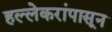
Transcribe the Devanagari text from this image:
हल्लेकरांपासून